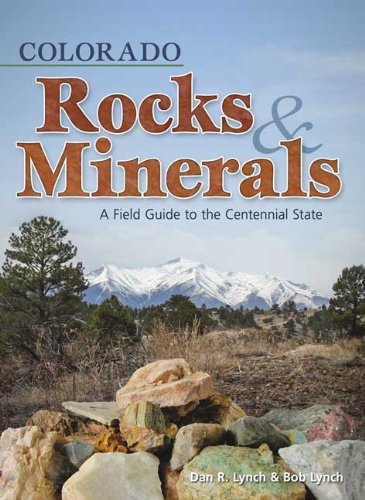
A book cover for Colorado Rocks & Minerals: A Field Guide to the Centennial State (Colorado Field Guides); Dan R. Lynch; Science & Math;